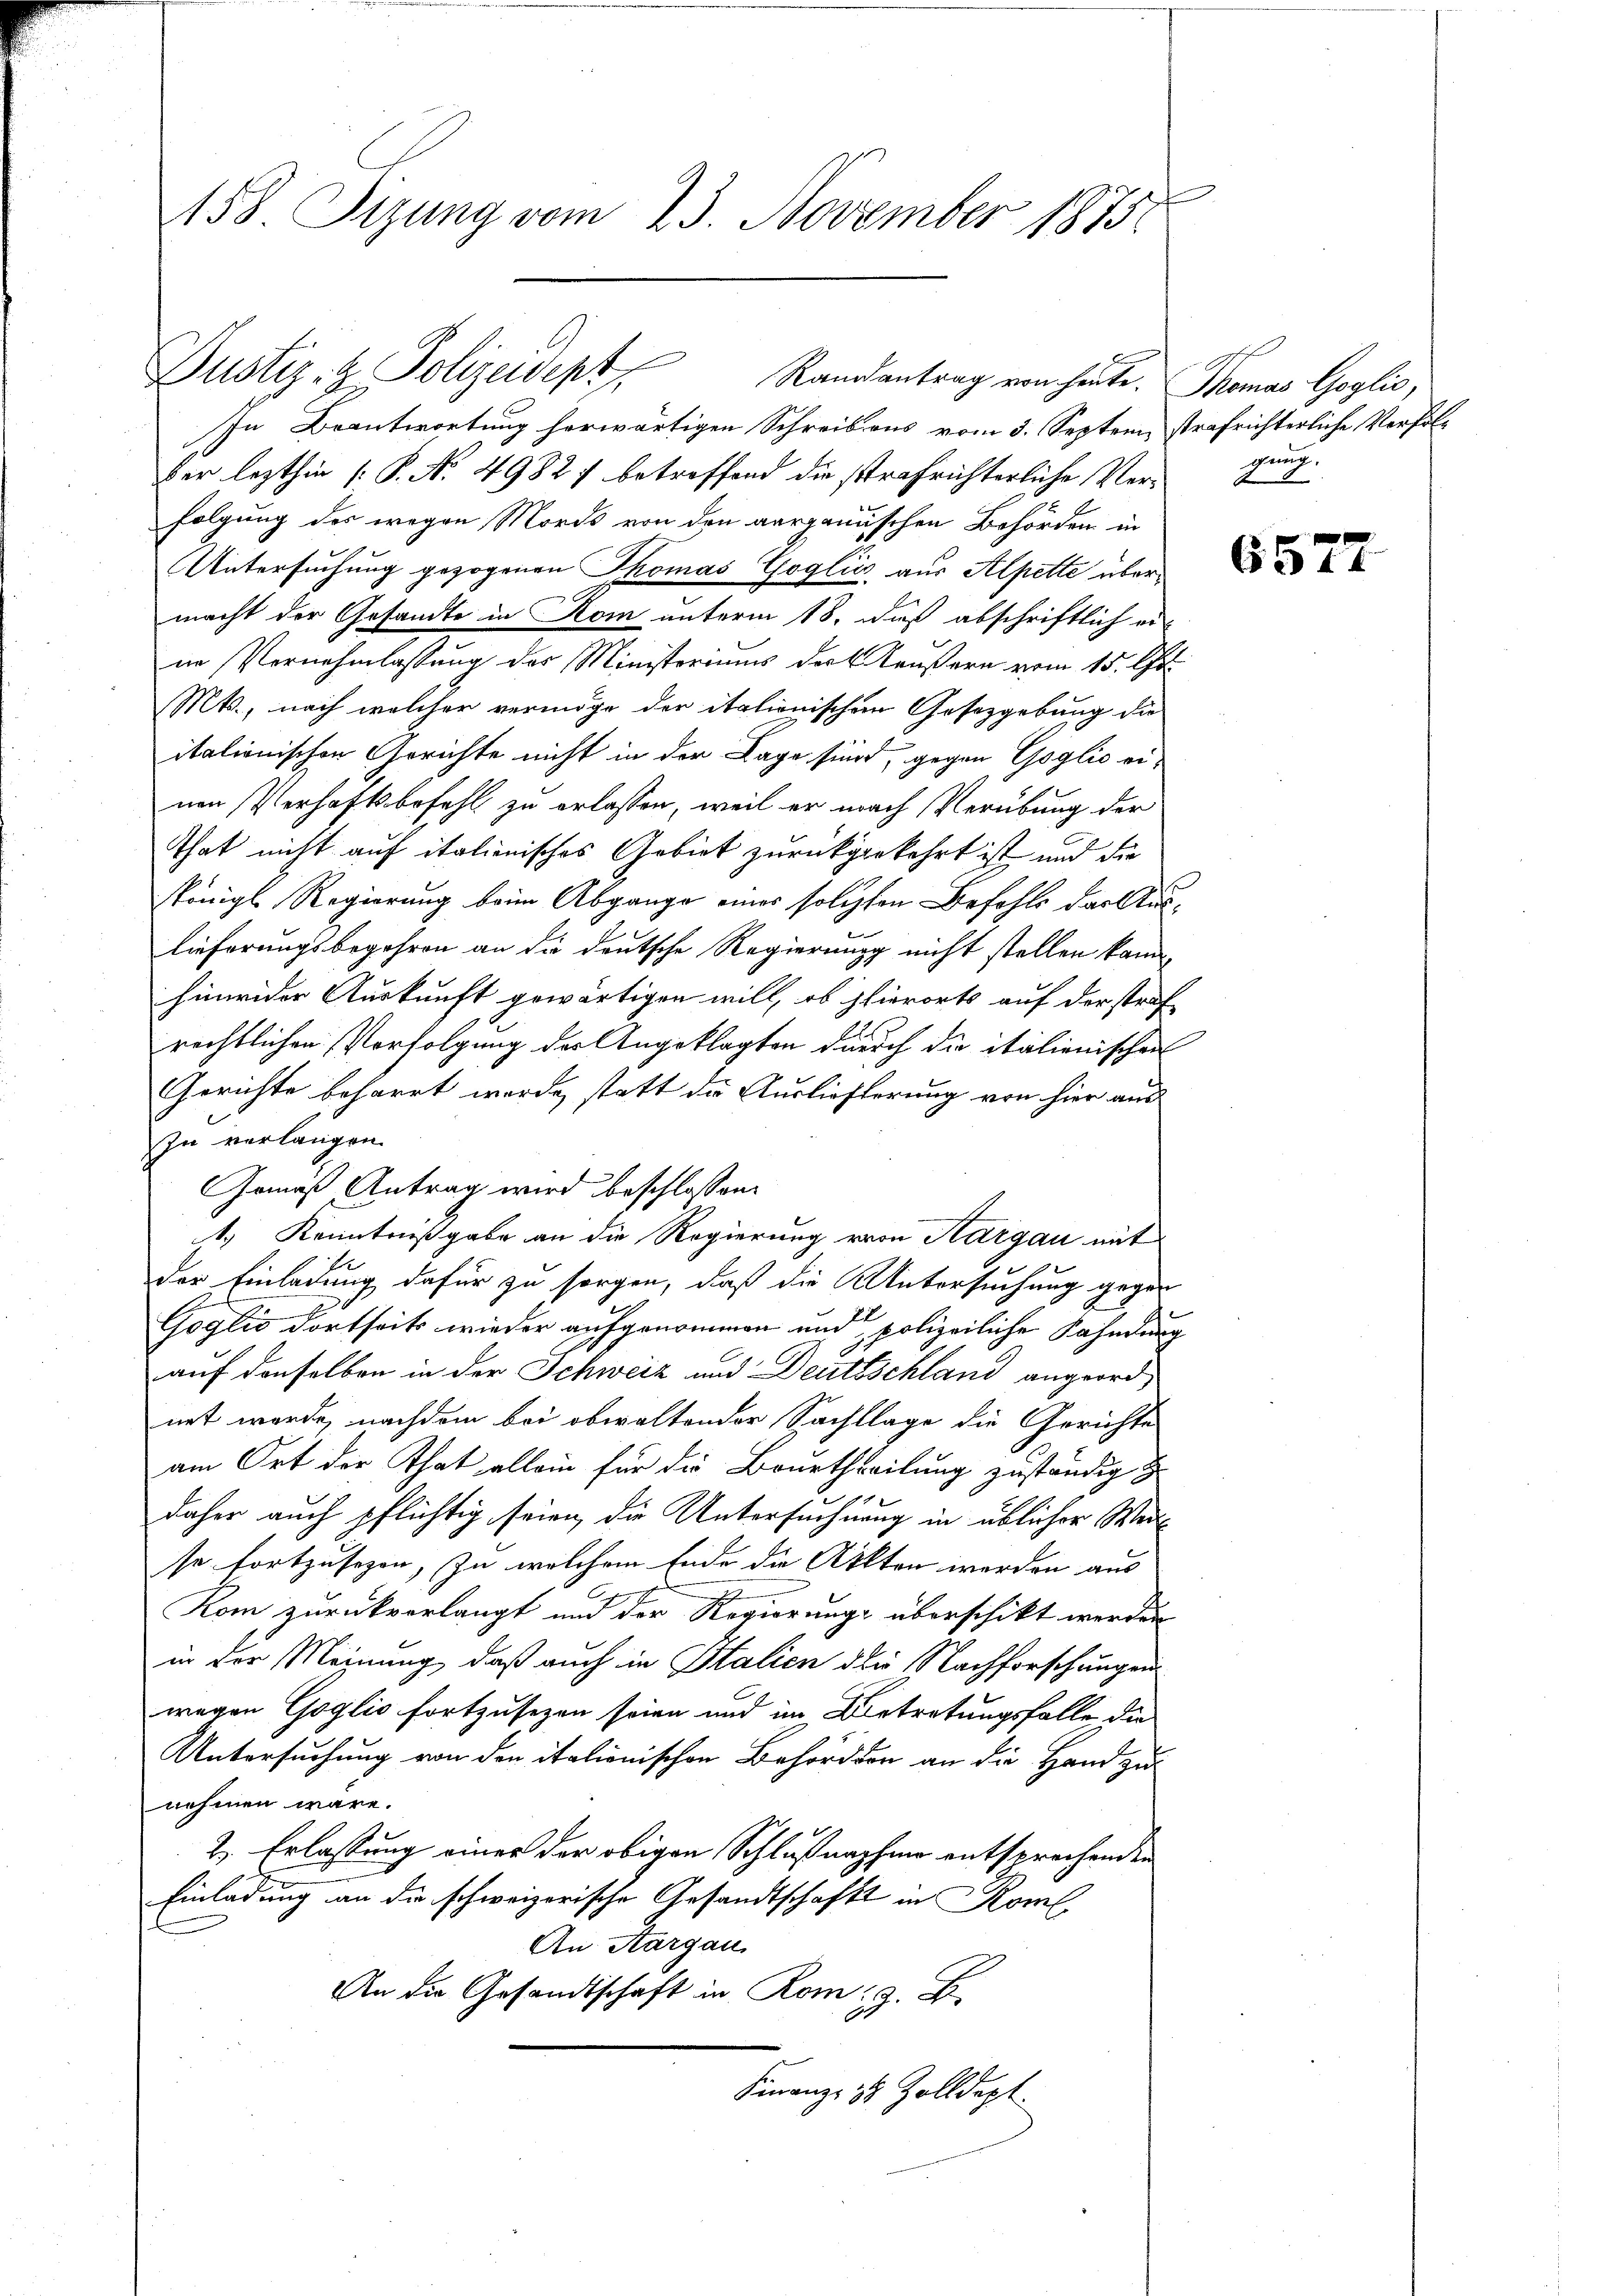
158. Sizung vom 23. November 1875

Justiz- & Polizeidept Randantrag von heute.

In Beantwortung herwärtigen Schreibens vom 3. Septem, strafrichterliche Verfol¬
Der lezthin [P. Nr. 49827 betreffend die strafrichterliche Vergang
folgung des wegen Mords von den aargauischen Behörden in
Untersuchung gezogenen Thomas Goglić, aus Alpette übermacht der Gesandte in Kom unterm 18. Daß abschriftlich er-
ne Vernehmlassung des Ministeriums der Käußern vom 15. Au
Mts., nach welcher vermöge der italionischen Gesetzgebung die
italionischen Gerichte nicht in der Lage sind, gegen Goglio einen Verhaftsbefehl zu erlassen, weil er nach Verübung der
That nicht auf italienisches Gebiet zurückgekehrt ist und die
königl Regierung beim Abgange eines solchen Befehls das Auslieferungsbegehren an die deutsche Regierung nicht stellen kann,
hinwider Auskunft gewärtigen will, ob hierorts auf derstraf
rechtlichen Vorfolgung des Angeklagten durch die italienischen
Gerichte beharrt werde, statt die Auslieferung von hier aus
In verlangen.
Gemäß Antrag wird beschlossen:
s. Kenntnißgabe an die Regierung von Aargau mit
der Einladung dafür zu sorgen, daß die Untersuchung gegen
Goglio dortseits wieder aufgenommen und polizeiliche Kahndung
auf denselben in der Schweiz und Deutschland angeordnet werde, nachdem bei obwaltender Sachlage die Gerichte
am Ort der That allein für die Beurtheilung zuständig
daher auch pflichtig seien, die Untersuchnung in üblicher Weiso fortzusezen, zu welchem Ende die Akten werden aus
Kom zurückverlangt und der Regierungs überschikt werden
in der Meinung, daß auch in Italien die Nachforschungen
wegen Goglio fortzusezen seien und im Betretungsfalle die
Untersuchung von den italienischen Behörden an die Hand zu
nehmen wäre.
2. Erlassung einer der obigen Schlußnaphen entsprechenden
Einladung an die schweizerische Gesandtschaft in Kom
An Aargau
An die Gesandtschaft in Rom, z. B.
Finanze 18 Zolldept

Thomas Goglio,

6573